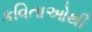
કવિતાઓથી